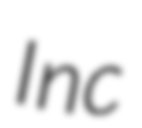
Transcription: Inc